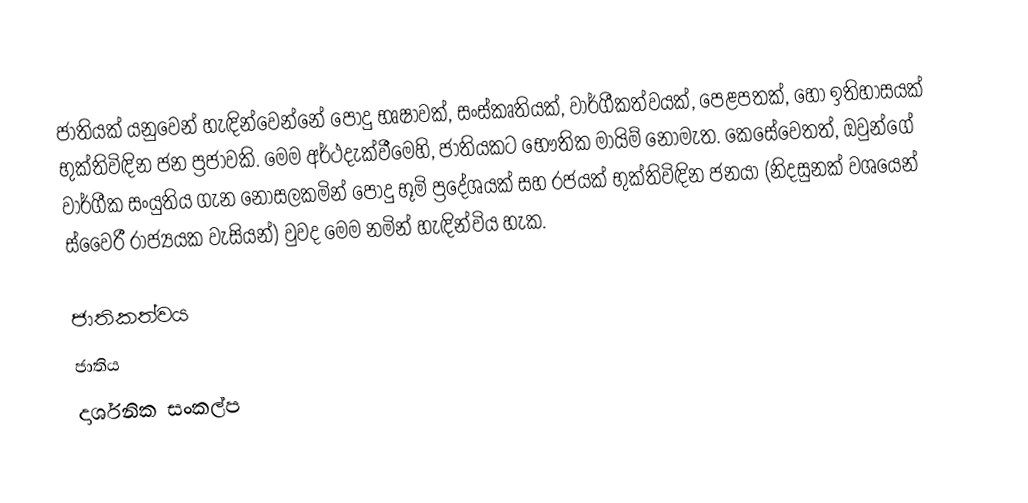
ජාතියක් යනුවෙන් හැඳින්වෙන්නේ පොදු භෘෂාවක්, සංස්කෘතියක්, වාර්ගීකත්වයක්, පෙළපතක්, හෝ ඉතිහාසයක් භුක්තිවිඳින ජන ප්‍රජාවකි. මෙම අර්ථදැක්වීමෙහි, ජාතියකට භෞතික මායිම් නොමැත. කෙසේවෙතත්, ඔවුන්ගේ වාර්ගීක සංයුතිය ගැන නොසලකමින් පොදු භූමි ප්‍රදේශයක් සහ රජයක් භුක්තිවිඳින ජනයා (නිදසුනක් වශයෙන් ස්වෛරී රාජ්‍යයක වැසියන්) වුවද මෙම නමින් හැඳින්විය හැක.

ජාතිකත්වය
ජාතිය
දාර්ශනික සංකල්ප